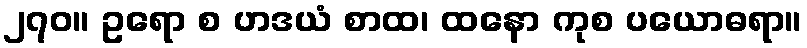
၂၇၀။ ဥရော စ ဟဒယံ စာထ၊ ထနော ကုစ ပယောဓရာ။